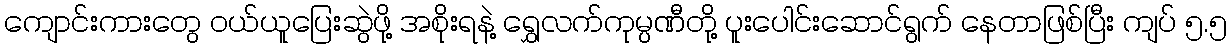
ကျောင်းကားတွေ ဝယ်ယူပြေးဆွဲဖို့ အစိုးရနဲ့ ရွှေလက်ကုမ္ပဏီတို့ ပူးပေါင်းဆောင်ရွက် နေတာဖြစ်ပြီး ကျပ် ၅.၅